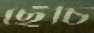
ছেঁচি